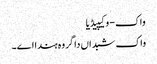
واک - وکیپیڈیا
واک شبداں دا گروہ ہندا اے۔